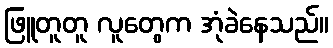
ဖြူတူတူ လူတွေက အုံခဲနေသည်။